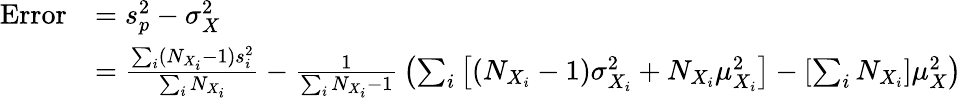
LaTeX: {\begin{array}{rl}{{\mathrm{Error}}}&{=s_{p}^{2}-\sigma_{X}^{2}}\\ &{={\frac{\sum_{i}(N_{X_{i}}-1)s_{i}^{2}}{\sum_{i}N_{X_{i}}}}-{\frac{1}{\sum_{i}N_{X_{i}}-1}}\left(\sum_{i}\left[(N_{X_{i}}-1)\sigma_{X_{i}}^{2}+N_{X_{i}}\mu_{X_{i}}^{2}\right]-\left[\sum_{i}N_{X_{i}}\right]\mu_{X}^{2}\right)}\end{array}}